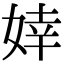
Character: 婞